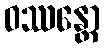
ဝဿန္တော